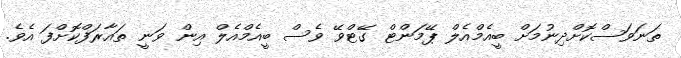
ތަނަވަސްކޮށްދިނުމަށް ބީއެމްއެލް ޕޭމަންޓް ގޭޓްވޭ ވެސް ބީއެމްއެލް އިން ވަނީ ތައާރަފްކޮށްފަ އެވެ.